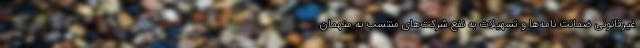
غیرقانونی ضمانت نامه‌ها و تسهیلات به نفع شرکت‌های منتسب به متهمان